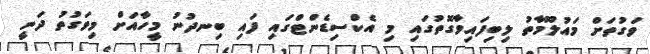
ވަގުތަށް މައުލޫމާތު ލިބިފައިވާގޮތުގައި މި އެކްސިޑެންޓްގައި ފައި ބިނދުނު މީހާއަށް މިވަގުތު ދަނީ